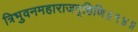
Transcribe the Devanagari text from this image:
त्रिभुवनमहाराजगृहिणि॥१४॥